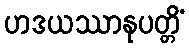
ဟဒယဿာနုပတ္တိံ